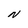
Character: N